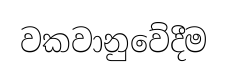
වකවානුවේදීම